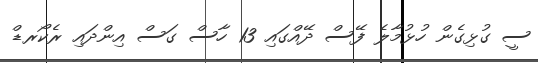
ސީ ގުޅިގެން ހުޅުމާލެ ފޭސް ދޭއްގައި 13 ހާސް ގަސް އިންދައި ރެކޯރޑް